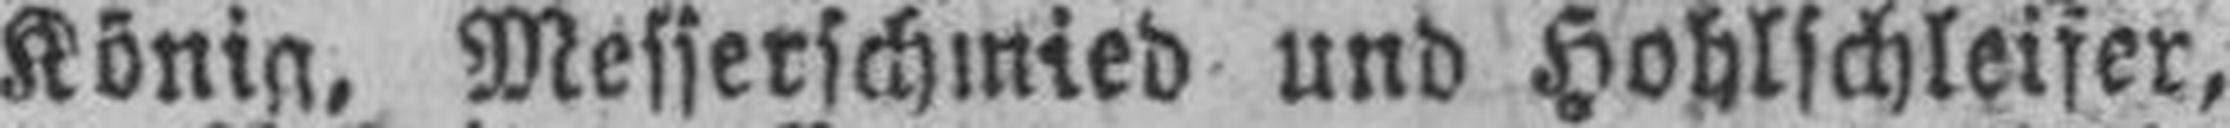
König, Messerschmied und Hohlschleifer,